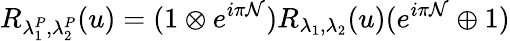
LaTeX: R_{\lambda_{1}^{P},\lambda_{2}^{P}}(u)=(1\otimes e^{i\pi{\cal N}})R_{\lambda_{1},\lambda_{2}}(u)(e^{i\pi{\cal N}}\oplus 1)